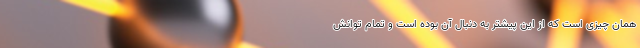
همان‌ چیزی است که از این پیشتر به دنبال آن بوده است و تمام توانش‌